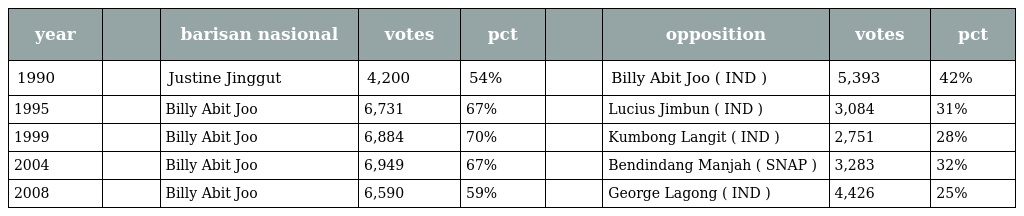
| year |  | barisan nasional | votes | pct |  | opposition | votes | pct |
 | --- | --- | --- | --- | --- | --- | --- | --- | --- |
 | 1990 |  | Justine Jinggut | 4,200 | 54% |  | Billy Abit Joo ( IND ) | 5,393 | 42% |
 | 1995 |  | Billy Abit Joo | 6,731 | 67% |  | Lucius Jimbun ( IND ) | 3,084 | 31% |
 | 1999 |  | Billy Abit Joo | 6,884 | 70% |  | Kumbong Langit ( IND ) | 2,751 | 28% |
 | 2004 |  | Billy Abit Joo | 6,949 | 67% |  | Bendindang Manjah ( SNAP ) | 3,283 | 32% |
 | 2008 |  | Billy Abit Joo | 6,590 | 59% |  | George Lagong ( IND ) | 4,426 | 25% |